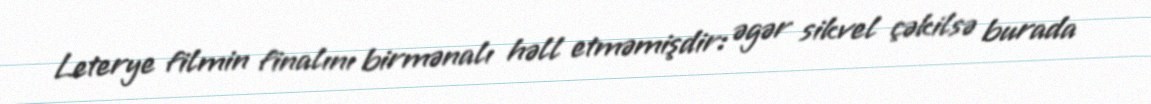
Leterye filmin finalını birmənalı həll etməmişdir: əgər sikvel çəkilsə burada